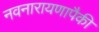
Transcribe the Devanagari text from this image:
नवनारायणापैकी